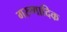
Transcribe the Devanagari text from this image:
गरुणादिक